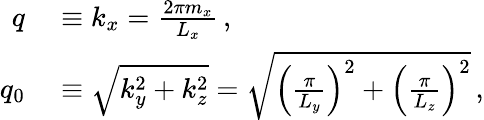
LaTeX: \begin{array}{rl}{q}&{{}\equiv k_{x}=\frac{2\pi m_{x}}{L_{x}}\, ,}\\ {q_{0}}&{{}\equiv\sqrt{k_{y}^{2}+k_{z}^{2}}=\sqrt{\left(\frac{\pi}{L_{y}}\right)^{2}+\left(\frac{\pi}{L_{z}}\right)^{2}}\, ,}\end{array}